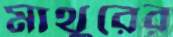
মাথুরের